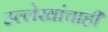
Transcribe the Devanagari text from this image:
उल्लेखांचाही